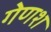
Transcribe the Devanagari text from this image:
गेणश